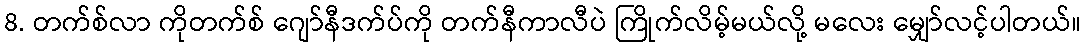
8. တက်စ်လာ ကိုတက်စ် ဂျော်နီဒက်ပ်ကို တက်နီကာလီပဲ ကြိုက်လိမ့်မယ်လို့ မလေး မျှော်လင့်ပါတယ်။